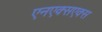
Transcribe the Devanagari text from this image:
एनएक्सएक्स